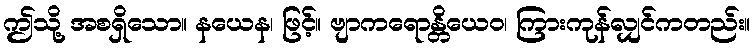
ဤသို့ အစရှိသော။ နယေန၊ ဖြင့်။ ဗျာကရောန္တိယေဝ၊ ကြားကုန်လျှင်ကတည်း။